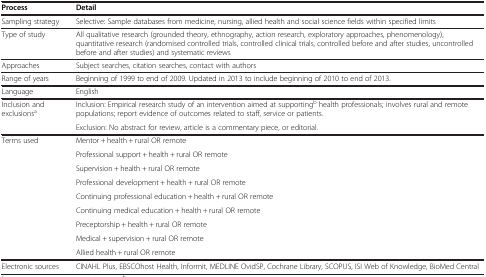
<table><thead><tr><td><b>Process</b></td><td><b>Detail</b></td></tr></thead><tbody><tr><td>Sampling strategy</td><td>Selective: Sample databases from medicine, nursing, allied health and social science fields within specified limits</td></tr><tr><td>Type of study</td><td>All qualitative research (grounded theory, ethnography, action research, exploratory approaches, phenomenology), quantitative research (randomised controlled trials, controlled clinical trials, controlled before and after studies, uncontrolled before and after studies) and systematic reviews</td></tr><tr><td>Approaches</td><td>Subject searches, citation searches, contact with authors</td></tr><tr><td>Range of years</td><td>Beginning of 1999 to end of 2009. Updated in 2013 to include beginning of 2010 to end of 2013.</td></tr><tr><td>Language</td><td>English</td></tr><tr><td rowspan="2">Inclusion and exclusions<sup>a</sup></td><td>Inclusion: Empirical research study of an intervention aimed at supporting<sup>b</sup> health professionals; involves rural and remote populations; report evidence of outcomes related to staff, service or patients.</td></tr><tr><td>Exclusion: No abstract for review, article is a commentary piece, or editorial.</td></tr><tr><td rowspan="9">Terms used</td><td>Mentor + health + rural OR remote</td></tr><tr><td>Professional support + health + rural OR remote</td></tr><tr><td>Supervision + health + rural OR remote</td></tr><tr><td>Professional development + health + rural OR remote</td></tr><tr><td>Continuing professional education + health + rural OR remote</td></tr><tr><td>Continuing medical education + health + rural OR remote</td></tr><tr><td>Preceptorship + health + rural OR remote</td></tr><tr><td>Medical + supervision + rural OR remote</td></tr><tr><td>Allied health + rural OR remote</td></tr><tr><td>Electronic sources</td><td>CINAHL Plus, EBSCOhost Health, Informit, MEDLINE OvidSP, Cochrane Library, SCOPUS, ISI Web of Knowledge, BioMed Central</td></tr></tbody></table>